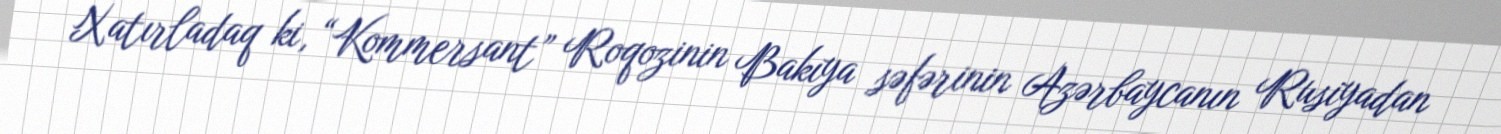
Xatırladaq ki, “Kommersant” Roqozinin Bakıya səfərinin Azərbaycanın Rusiyadan